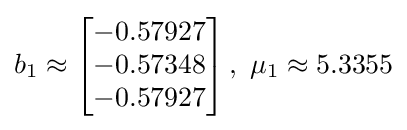
b_{1}\approx \left[{\begin{matrix}-0.57927\\-0.57348\\-0.57927\\\end{matrix}}\right],~\mu _{1}\approx 5.3355